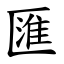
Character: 匯